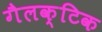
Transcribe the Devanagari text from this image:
गैलक्टिक